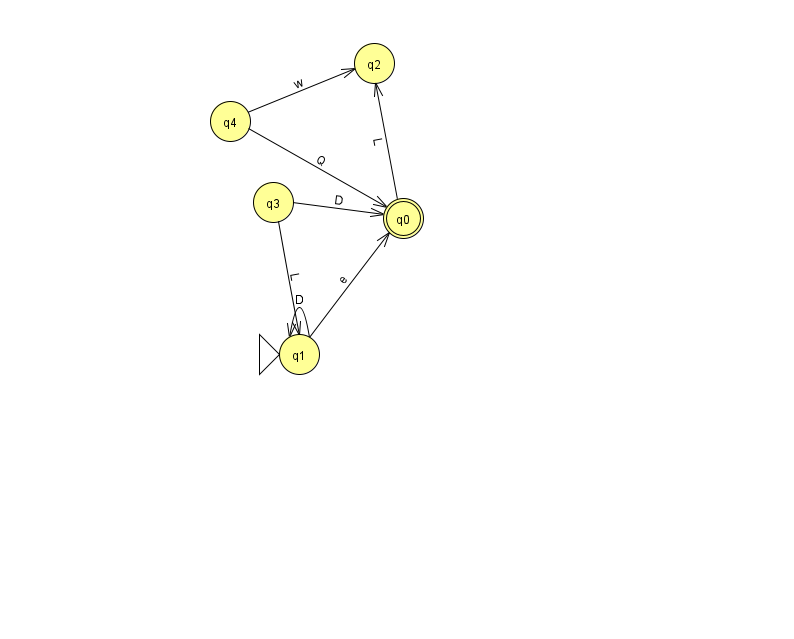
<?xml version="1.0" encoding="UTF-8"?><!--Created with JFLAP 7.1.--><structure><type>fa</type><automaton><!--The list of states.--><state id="0" name="q0"><x>403.0</x><y>205.0</y><final/></state><state id="1" name="q1"><x>299.0</x><y>341.0</y><initial/></state><state id="2" name="q2"><x>374.0</x><y>50.0</y></state><state id="3" name="q3"><x>273.0</x><y>189.0</y></state><state id="4" name="q4"><x>230.0</x><y>108.0</y></state><!--The list of transitions.--><transition><from>0</from><to>2</to><read>L</read></transition><transition><from>1</from><to>1</to><read>D</read></transition><transition><from>3</from><to>1</to><read>L</read></transition><transition><from>1</from><to>0</to><read>e</read></transition><transition><from>4</from><to>0</to><read>Q</read></transition><transition><from>4</from><to>2</to><read>w</read></transition><transition><from>3</from><to>0</to><read>D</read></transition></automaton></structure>